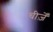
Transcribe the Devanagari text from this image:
चीज़ेँ